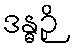
ဒန္ဓဉှိ